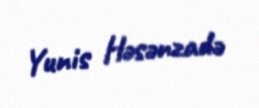
Yunis Həsənzadə